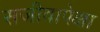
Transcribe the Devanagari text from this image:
सजीवापेक्षा